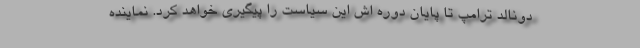
دونالد ترامپ تا پایان دوره اش این سیاست را پیگیری خواهد کرد. نماینده